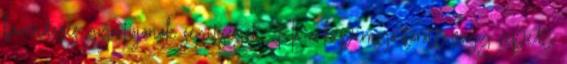
berendezés gyártójának segítségét. Ha a képernyő törött vagy repedt,